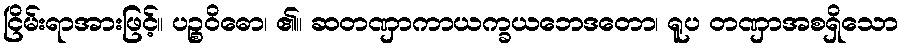
ငြိမ်းရာအားဖြင့်။ ပဉ္စဝိဓော၊ ၏။ ဆတဏှာကာယက္ခယဘေဒတော၊ ရူပ တဏှာအစရှိသော